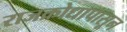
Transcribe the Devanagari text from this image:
राजक्रोधापासून